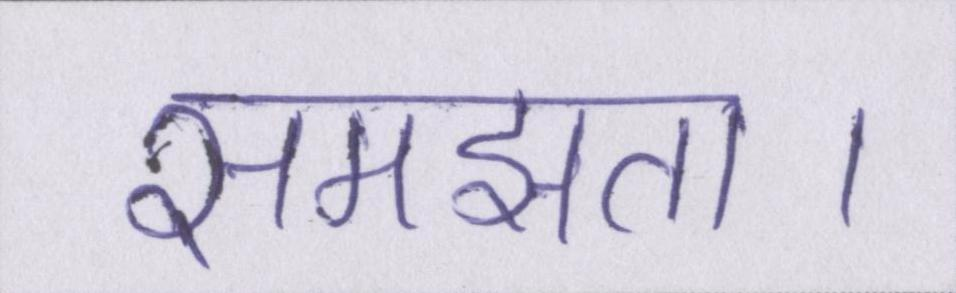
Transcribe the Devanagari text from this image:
समझता।